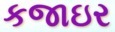
કજાઇર